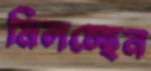
মিলচ্ছেন